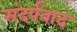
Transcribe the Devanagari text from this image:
संदर्पवाद